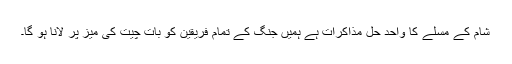
شام کے مسَلے کا واحد حل مذاکرات ہے ہمیں جنگ کے تمام فریقین کو بات چیت کی میز پر لانا ہو گا۔